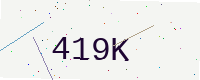
Text: 419K